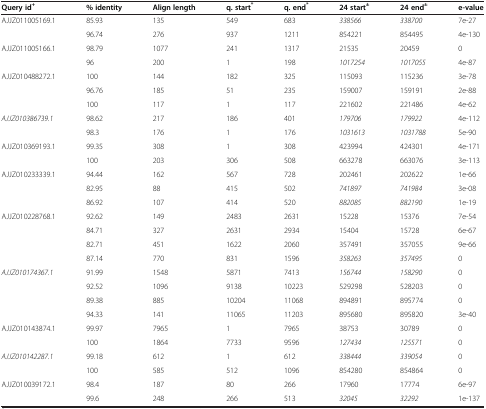
<table><thead><tr><td><b>Query id<sup>+</sup></b></td><td><b>% identity</b></td><td><b>Align length</b></td><td><b>q. start<sup>*</sup></b></td><td><b>q. end<sup>*</sup></b></td><td><b>24 start<sup>±</sup></b></td><td><b>24 end<sup>±</sup></b></td><td><b>e-value</b></td></tr></thead><tbody><tr><td>AJJZ011005169.1</td><td>85.93</td><td>135</td><td>549</td><td>683</td><td><i>338566</i></td><td><i>338700</i></td><td>7e-27</td></tr><tr><td> </td><td>96.74</td><td>276</td><td>937</td><td>1211</td><td>854221</td><td>854495</td><td>4e-130</td></tr><tr><td>AJJZ011005166.1</td><td>98.79</td><td>1077</td><td>241</td><td>1317</td><td>21535</td><td>20459</td><td>0</td></tr><tr><td> </td><td>96</td><td>200</td><td>1</td><td>198</td><td><i>1017254</i></td><td><i>1017055</i></td><td>4e-87</td></tr><tr><td>AJJZ010488272.1</td><td>100</td><td>144</td><td>182</td><td>325</td><td>115093</td><td>115236</td><td>3e-78</td></tr><tr><td> </td><td>96.76</td><td>185</td><td>51</td><td>235</td><td>159007</td><td>159191</td><td>2e-88</td></tr><tr><td> </td><td>100</td><td>117</td><td>1</td><td>117</td><td>221602</td><td>221486</td><td>4e-62</td></tr><tr><td><i>AJJZ010386739.1</i></td><td>98.62</td><td>217</td><td>186</td><td>401</td><td><i>179706</i></td><td><i>179922</i></td><td>4e-112</td></tr><tr><td> </td><td>98.3</td><td>176</td><td>1</td><td>176</td><td><i>1031613</i></td><td><i>1031788</i></td><td>5e-90</td></tr><tr><td>AJJZ010369193.1</td><td>99.35</td><td>308</td><td>1</td><td>308</td><td>423994</td><td>424301</td><td>4e-171</td></tr><tr><td> </td><td>100</td><td>203</td><td>306</td><td>508</td><td>663278</td><td>663076</td><td>3e-113</td></tr><tr><td>AJJZ010233339.1</td><td>94.44</td><td>162</td><td>567</td><td>728</td><td>202461</td><td>202622</td><td>1e-66</td></tr><tr><td> </td><td>82.95</td><td>88</td><td>415</td><td>502</td><td><i>741897</i></td><td><i>741984</i></td><td>3e-08</td></tr><tr><td> </td><td>86.92</td><td>107</td><td>414</td><td>520</td><td><i>882085</i></td><td><i>882190</i></td><td>1e-19</td></tr><tr><td>AJJZ010228768.1</td><td>92.62</td><td>149</td><td>2483</td><td>2631</td><td>15228</td><td>15376</td><td>7e-54</td></tr><tr><td> </td><td>84.71</td><td>327</td><td>2631</td><td>2934</td><td>15404</td><td>15728</td><td>6e-67</td></tr><tr><td> </td><td>82.71</td><td>451</td><td>1622</td><td>2060</td><td>357491</td><td>357055</td><td>9e-66</td></tr><tr><td> </td><td>87.14</td><td>770</td><td>831</td><td>1596</td><td><i>358263</i></td><td><i>357495</i></td><td>0</td></tr><tr><td><i>AJJZ010174367.1</i></td><td>91.99</td><td>1548</td><td>5871</td><td>7413</td><td><i>156744</i></td><td><i>158290</i></td><td>0</td></tr><tr><td> </td><td>92.52</td><td>1096</td><td>9138</td><td>10223</td><td>529298</td><td>528203</td><td>0</td></tr><tr><td> </td><td>89.38</td><td>885</td><td>10204</td><td>11068</td><td>894891</td><td>895774</td><td>0</td></tr><tr><td> </td><td>94.33</td><td>141</td><td>11065</td><td>11203</td><td>895680</td><td>895820</td><td>3e-40</td></tr><tr><td>AJJZ010143874.1</td><td>99.97</td><td>7965</td><td>1</td><td>7965</td><td>38753</td><td>30789</td><td>0</td></tr><tr><td> </td><td>100</td><td>1864</td><td>7733</td><td>9596</td><td><i>127434</i></td><td><i>125571</i></td><td>0</td></tr><tr><td><i>AJJZ010142287.1</i></td><td>99.18</td><td>612</td><td>1</td><td>612</td><td><i>338444</i></td><td><i>339054</i></td><td>0</td></tr><tr><td> </td><td>100</td><td>585</td><td>512</td><td>1096</td><td>854280</td><td>854864</td><td>0</td></tr><tr><td>AJJZ010039172.1</td><td>98.4</td><td>187</td><td>80</td><td>266</td><td>17960</td><td>17774</td><td>6e-97</td></tr><tr><td> </td><td>99.6</td><td>248</td><td>266</td><td>513</td><td><i>32045</i></td><td><i>32292</i></td><td>1e-137</td></tr></tbody></table>